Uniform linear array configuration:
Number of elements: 16
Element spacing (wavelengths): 0.5
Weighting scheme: exponential
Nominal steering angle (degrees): -45
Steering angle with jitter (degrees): -45.121
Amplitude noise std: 0.05
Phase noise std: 0.05

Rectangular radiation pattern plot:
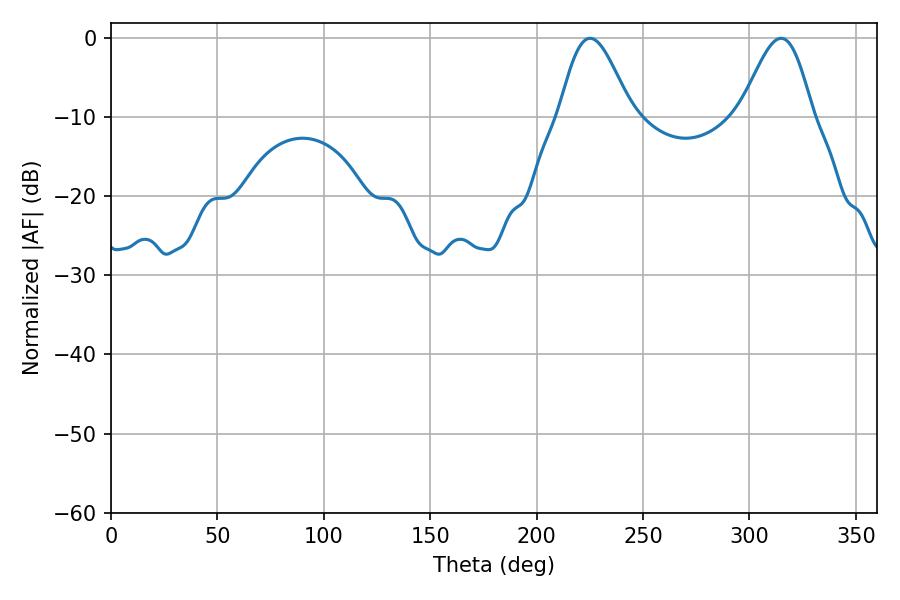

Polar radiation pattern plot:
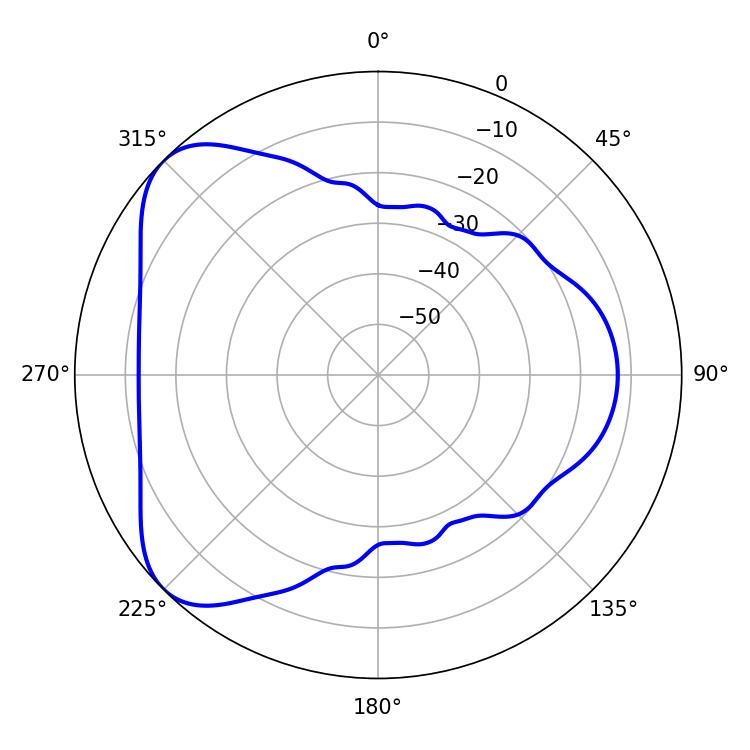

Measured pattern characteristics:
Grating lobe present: FALSE
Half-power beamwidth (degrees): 17.82
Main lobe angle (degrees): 225.18